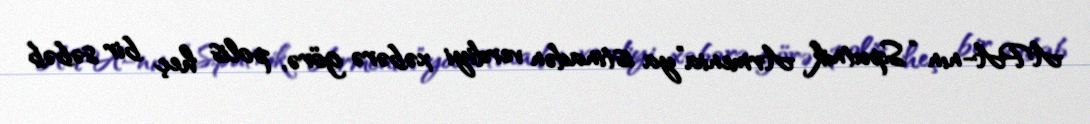
APA-nın “Sputnik Armenia”ya istinadən verdiyi xəbərə görə, polis heç bir səbəb